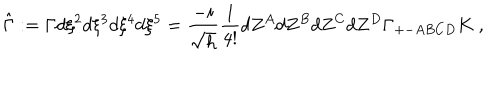
LaTeX: \hat { \Gamma } : = \Gamma d \xi ^ { 2 } d \xi ^ { 3 } d \xi ^ { 4 } d \xi ^ { 5 } = \frac { - i } { \sqrt { h } } \frac { 1 } { 4 ! } d Z ^ { A } d Z ^ { B } d Z ^ { C } d Z ^ { D } \Gamma _ { + - A B C D } K ~ ,